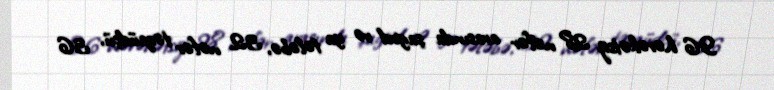
96 hərəkətsiz 28 nəfər arasında şagird və ya tələbə, 32 nəfər təqaüdçü, 36